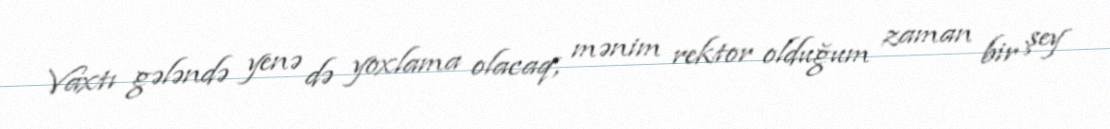
Vaxtı gələndə yenə də yoxlama olacaq, mənim rektor olduğum zaman bir şey